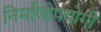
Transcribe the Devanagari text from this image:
निर्माणोपयोगी